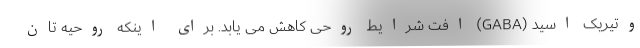
وتیریک اسید (GABA) افت شرایط روحی کاهش می یابد. برای اینکه روحیه تان